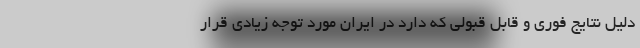
دلیل نتایج فوری و قابل قبولی که دارد در ایران مورد توجه زیادی قرار